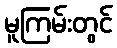
မူကြမ်းတွင်